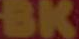
BK